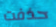
حذفت